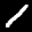
Label: 1